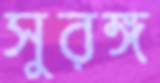
সুরঙ্গ